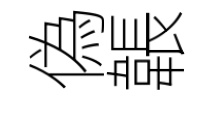
偽韔